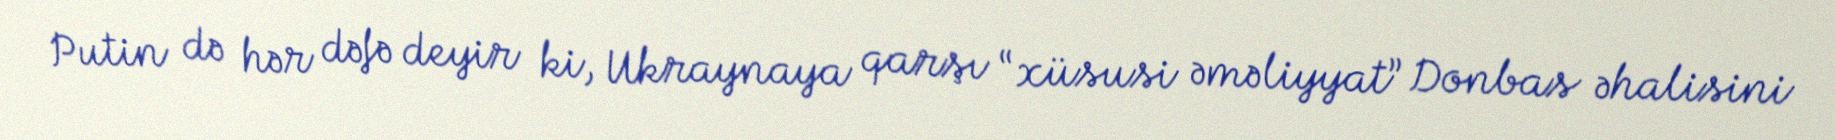
Putin də hər dəfə deyir ki, Ukraynaya qarşı “xüsusi əməliyyat” Donbas əhalisini